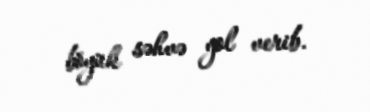
böyük səhvə yol verib.